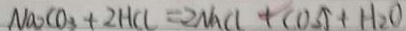
N a _ { 2 } C O _ { 3 } + 2 H C l = 2 N a C l + C O _ { 2 } \uparrow + H _ { 2 } O